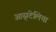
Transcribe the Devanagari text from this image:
आस्र्टेलिया